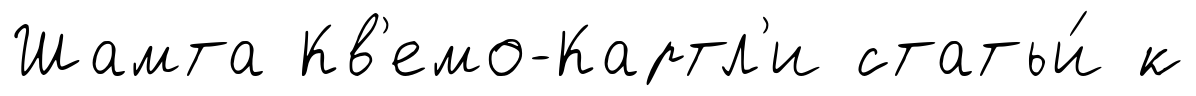
Шамта Кв'емо-Картл'и статьи́ к